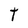
Character: T